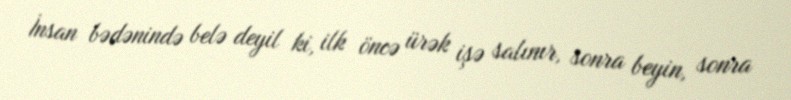
İnsan bədənində belə deyil ki, ilk öncə ürək işə salınır, sonra beyin, sonra